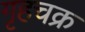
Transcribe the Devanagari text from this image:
गृहचक्र